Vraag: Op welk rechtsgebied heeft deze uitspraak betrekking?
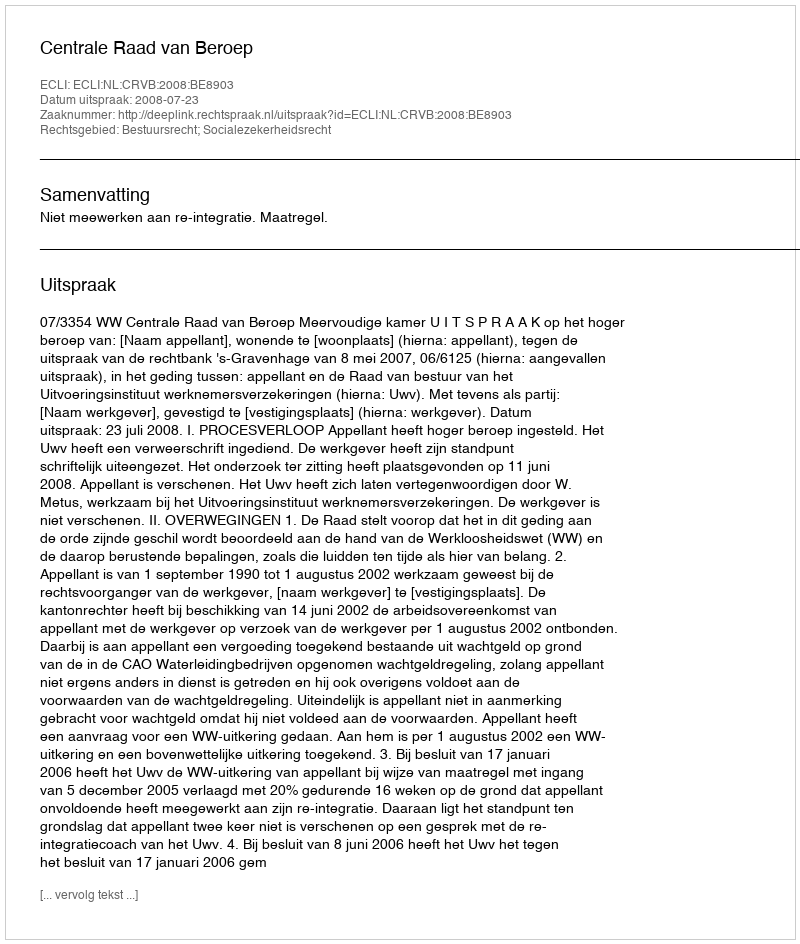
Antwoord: Bestuursrecht; Socialezekerheidsrecht